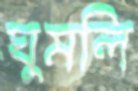
ঘুমলি